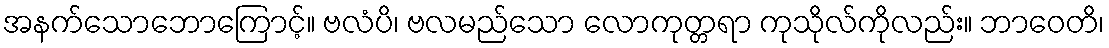
အနက်သောဘောကြောင့်။ ဗလံပိ၊ ဗလမည်သော လောကုတ္တရာ ကုသိုလ်ကိုလည်း။ ဘာဝေတိ၊